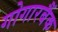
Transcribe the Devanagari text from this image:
गोगारबैंक